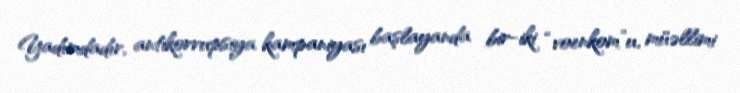
Yadımdadır, antikorrupsiya kampaniyası başlayanda bir-iki “voenkom”u, müəllimi